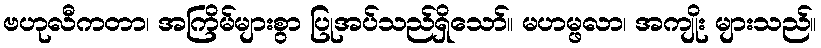
ဗဟုလီကတာ၊ အကြိမ်များစွာ ပြုအပ်သည်ရှိသော်။ မဟမ္ဖလာ၊ အကျိုး များသည်။